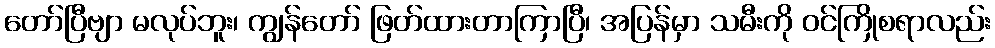
တော်ပြီဗျာ မလုပ်ဘူး၊ ကျွန်တော် ဖြတ်ထားတာကြာပြီ၊ အပြန်မှာ သမီးကို ဝင်ကြိုစရာလည်း